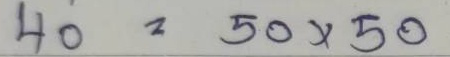
40 = 50x50